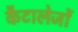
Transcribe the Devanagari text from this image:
कैटालेजों